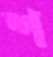
শ